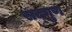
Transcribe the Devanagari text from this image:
सद्‌गुण